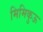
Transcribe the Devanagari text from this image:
मिमिकुऊ